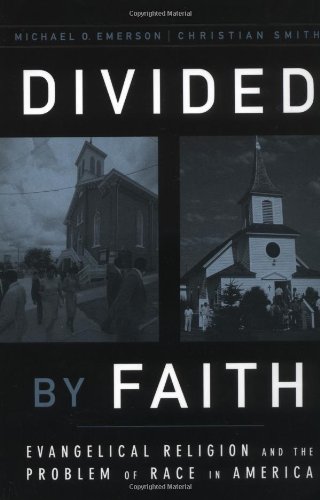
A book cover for Divided by Faith: Evangelical Religion and the Problem of Race in America; Michael O. Emerson; Christian Books & Bibles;